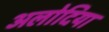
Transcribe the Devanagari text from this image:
अलोदिया